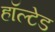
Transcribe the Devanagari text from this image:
हॉल्टेड